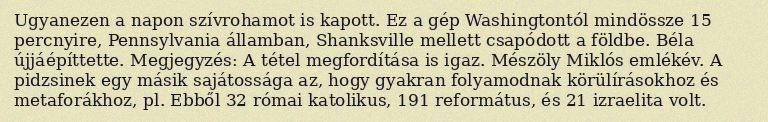
Ugyanezen a napon szívrohamot is kapott. Ez a gép Washingtontól mindössze 15 percnyire, Pennsylvania államban, Shanksville mellett csapódott a földbe. Béla újjáépíttette. Megjegyzés: A tétel megfordítása is igaz. Mészöly Miklós emlékév. A pidzsinek egy másik sajátossága az, hogy gyakran folyamodnak körülírásokhoz és metaforákhoz, pl. Ebből 32 római katolikus, 191 református, és 21 izraelita volt.